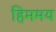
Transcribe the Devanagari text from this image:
हिममय